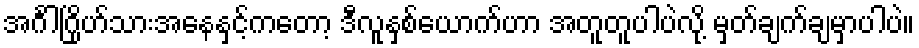
အင်္ဂါဂြိုဟ်သားအနေနှင့်ကတော့ ဒီလူနှစ်ယောက်ဟာ အတူတူပါပဲလို့ မှတ်ချက်ချမှာပါပဲ။